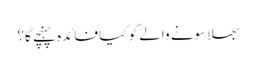
بھلا سونے والے کو کیا فائدہ پہنچے گا؟